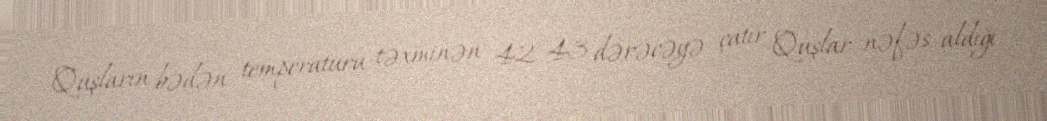
Quşların bədən temperaturu təxminən 42–43 dərəcəyə çatır Quşlar nəfəs aldığı